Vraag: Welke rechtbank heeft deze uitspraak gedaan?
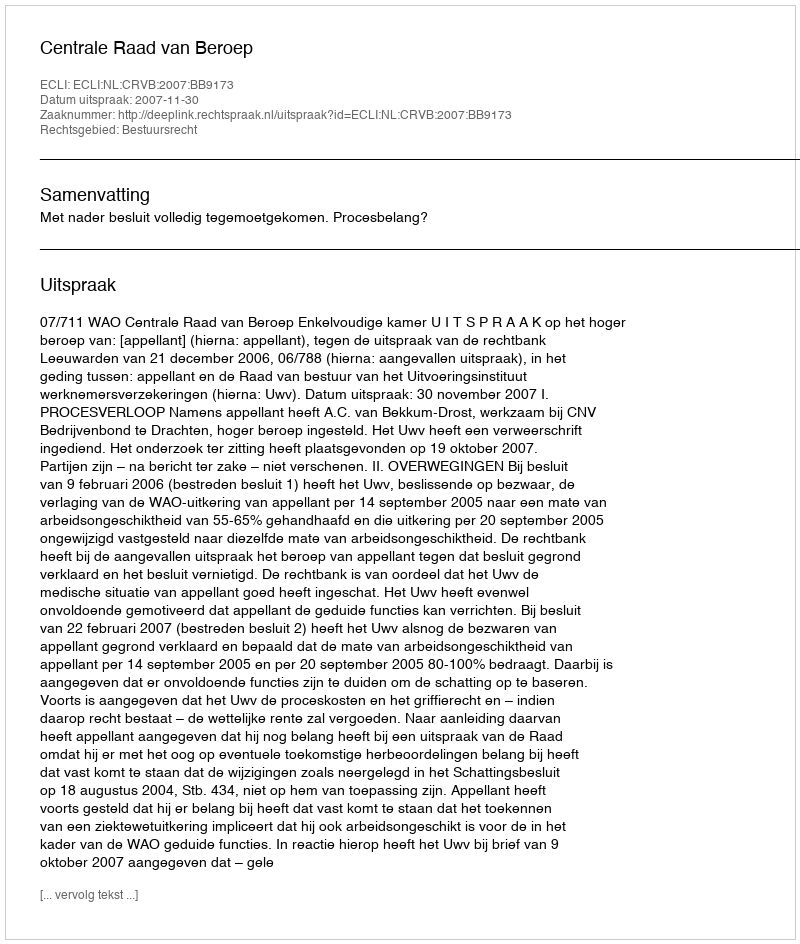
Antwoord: Centrale Raad van Beroep